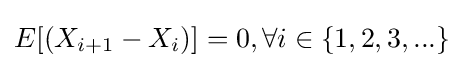
E[(X_{i+1}-X_{i})]=0,\forall i\in \{1,2,3,...\}